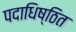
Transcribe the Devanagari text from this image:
पदाधिष्ठित